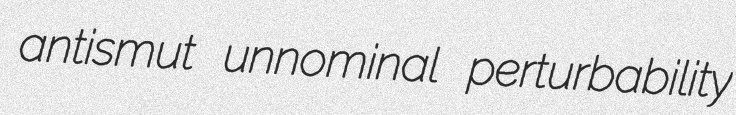
antismut unnominal perturbability